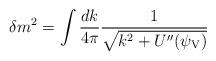
LaTeX: \begin{align*}\delta m^2= \int \frac{dk}{4\pi}\frac{1}{\sqrt{k^2+U^{\prime\prime}(\psi_{\rm V})}}\end{align*}